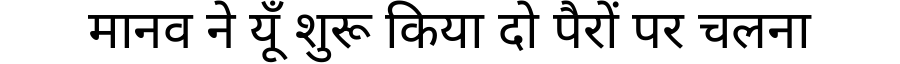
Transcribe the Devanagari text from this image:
मानव ने यूँ शुरू किया दो पैरों पर चलना